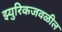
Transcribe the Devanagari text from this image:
झ्युरिकजवळील